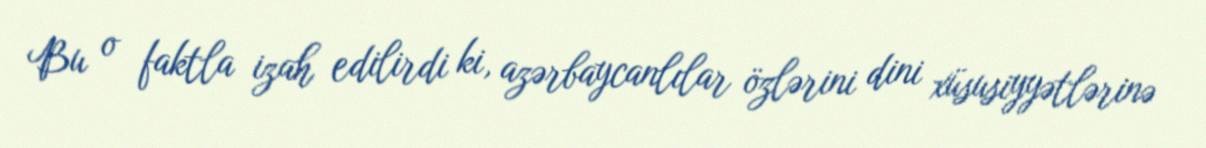
Bu o faktla izah edilirdi ki, azərbaycanlılar özlərini dini xüsusiyyətlərinə